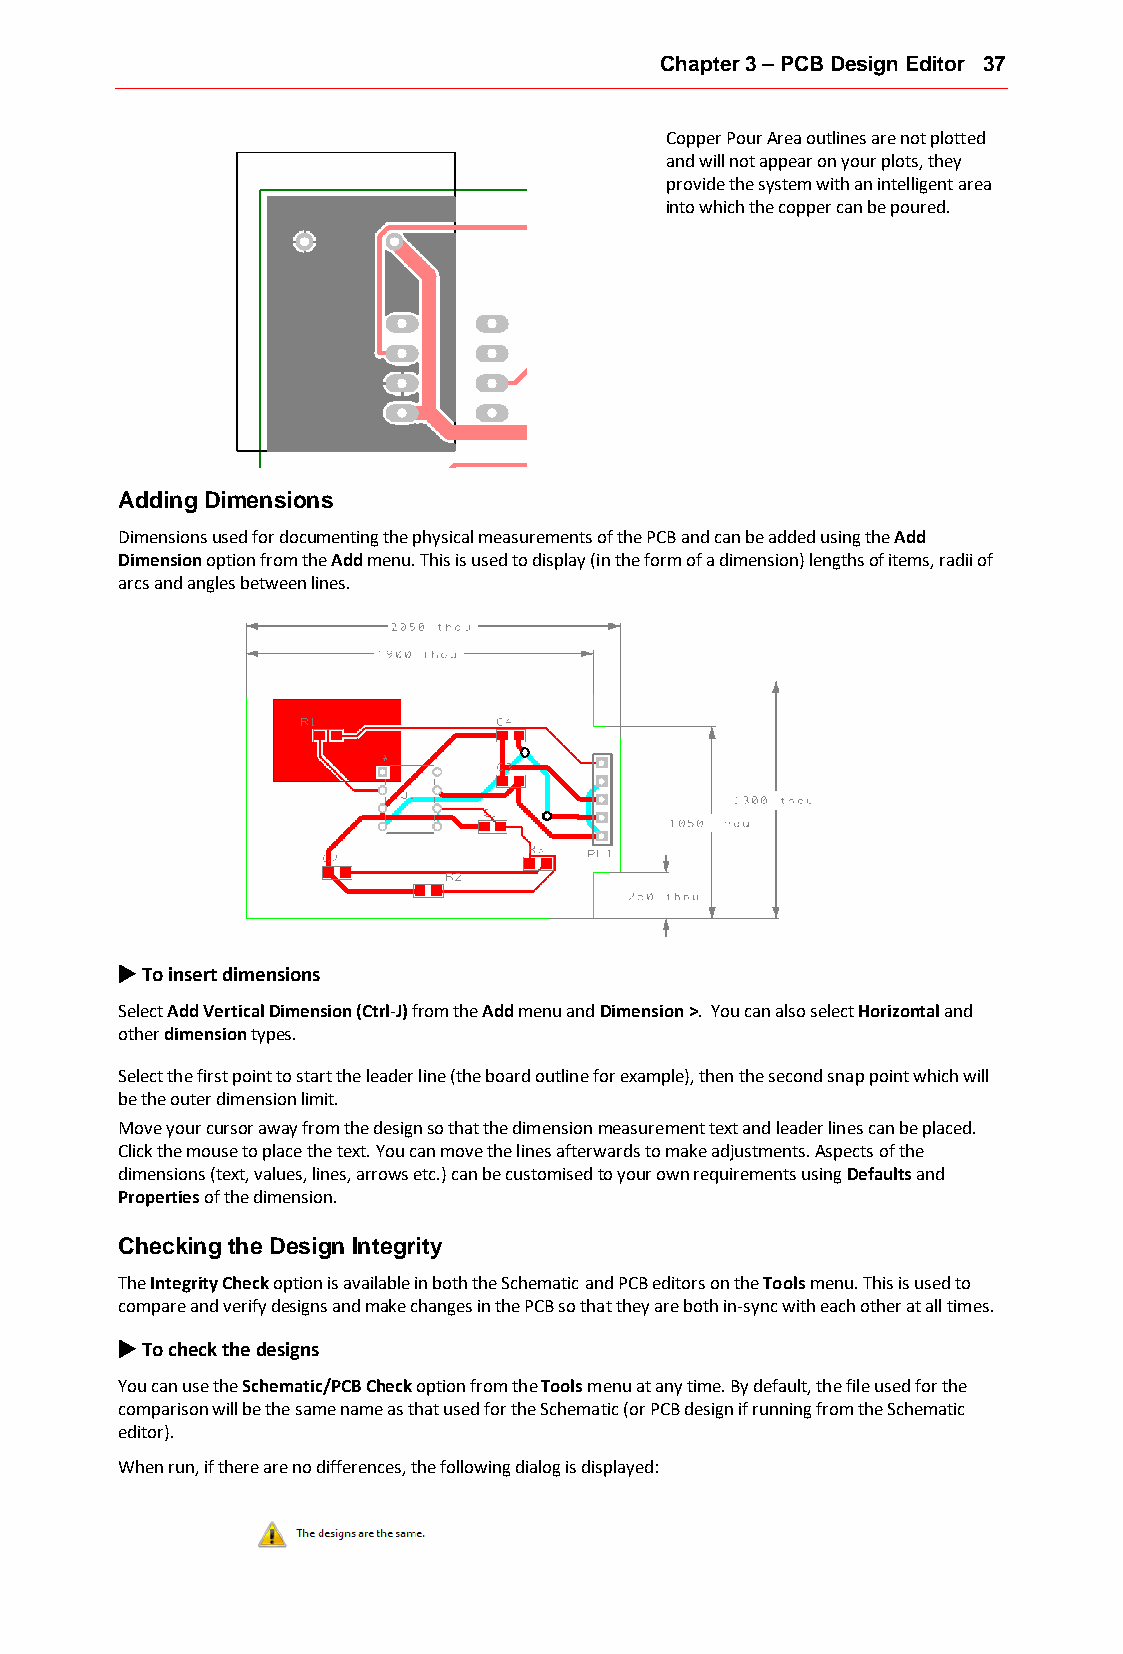
Chapter 3 – PCB Design Editor 37
 Copper Pour Area outlines are not plotted
 and will not appear on your plots, they
 provide the system with an intelligent area
 into which the copper can be poured.
 Adding Dimensions
 Dimensions used for documenting the physical measurements of the PCB and can be added using the Add
 Dimension option from the Add menu. This is used to display (in the form of a dimension) lengths of items, radii of
 arcs and angles between lines.
 u To insert dimensions
 Select Add Vertical Dimension (Ctrl-J) from the Add menu and Dimension >. You can also select Horizontal and
 other dimension types.
 Select the first point to start the leader line (the board outline for example), then the second snap point which will
 be the outer dimension limit.
 Move your cursor away from the design so that the dimension measurement text and leader lines can be placed.
 Click the mouse to place the text. You can move the lines afterwards to make adjustments. Aspects of the
 dimensions (text, values, lines, arrows etc.) can be customised to your own requirements using Defaults and
 Properties of the dimension.
 Checking the Design Integrity
 The Integrity Check option is available in both the Schematic and PCB editors on the Tools menu. This is used to
 compare and verify designs and make changes in the PCB so that they are both in-sync with each other at all times.
 u To check the designs
 You can use the Schematic/PCB Check option from the Tools menu at any time. By default, the file used for the
 comparison will be the same name as that used for the Schematic (or PCB design if running from the Schematic
 editor).
 When run, if there are no differences, the following dialog is displayed: